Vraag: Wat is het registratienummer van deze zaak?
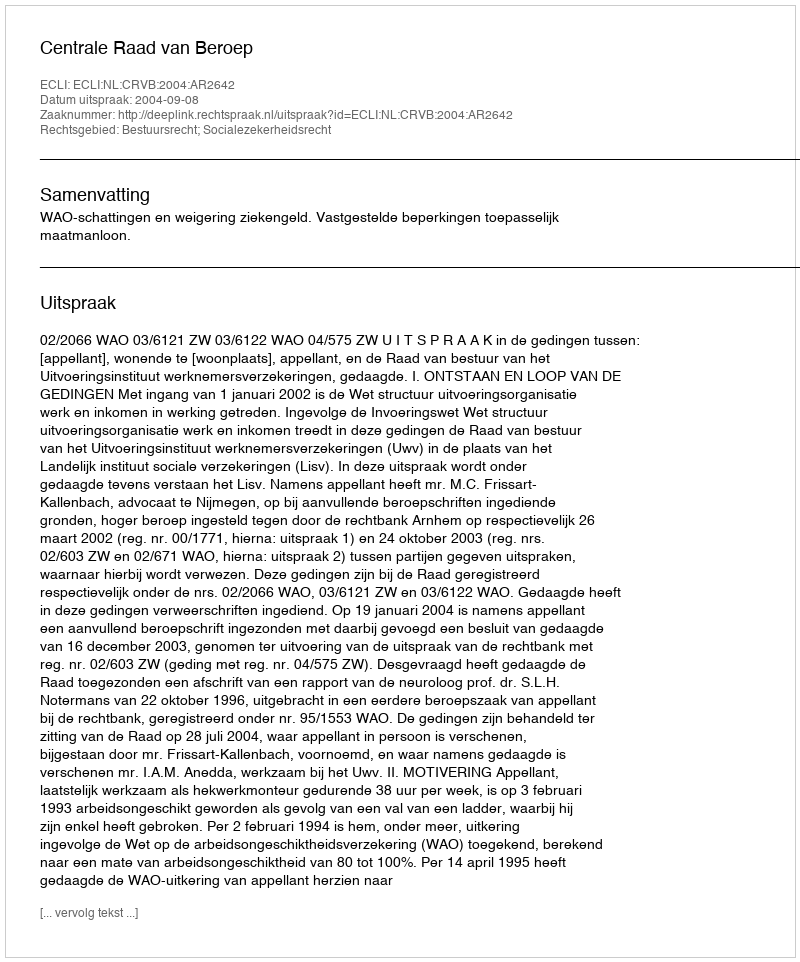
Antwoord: http://deeplink.rechtspraak.nl/uitspraak?id=ECLI:NL:CRVB:2004:AR2642